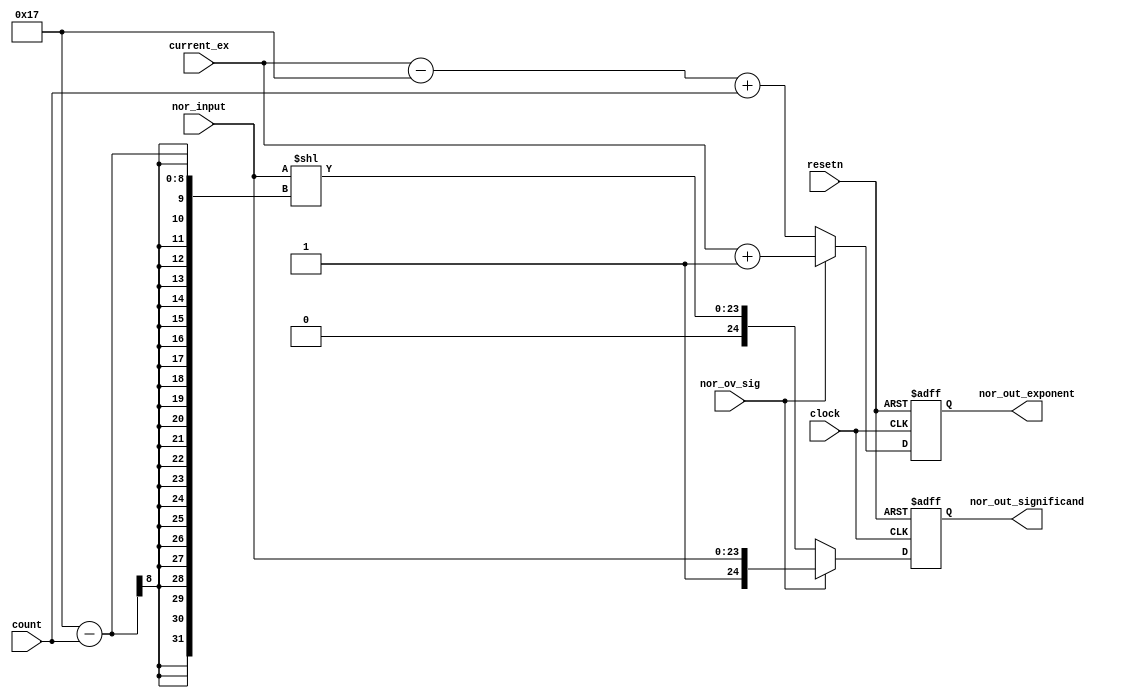
module fr_normalize(clock, resetn, count, nor_input, nor_ov_sig, current_ex, nor_out_significand, nor_out_exponent);
	input clock, resetn;	
		
	input [7:0] count;	
	input [23:0] nor_input;
	input nor_ov_sig;
	input [7:0] current_ex;
	
	output reg [24:0] nor_out_significand;
	output reg [7:0] nor_out_exponent;

	always@(posedge clock, negedge resetn) begin
		if(!resetn) begin
			nor_out_significand <= 0;
			nor_out_exponent <=0;
		end
		else begin
			if (!nor_ov_sig) begin		//overflow=0 >>  normalize
				nor_out_significand <= {{1'b0}, nor_input << (23-count)}; //1.######  normalize
				nor_out_exponent <= current_ex - 23 + count;
			end
			else begin //overflow 
				nor_out_significand <= {1'b1, nor_input}; //overflow    1 
				nor_out_exponent <= current_ex + 1;	//overflow     exponent 1 
			end		
		end
	end	
endmodule